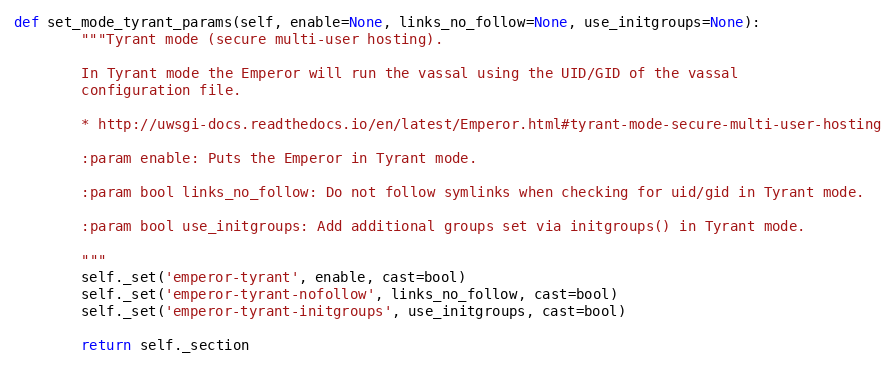
Language: Python
def set_mode_tyrant_params(self, enable=None, links_no_follow=None, use_initgroups=None):
        """Tyrant mode (secure multi-user hosting).

        In Tyrant mode the Emperor will run the vassal using the UID/GID of the vassal
        configuration file.

        * http://uwsgi-docs.readthedocs.io/en/latest/Emperor.html#tyrant-mode-secure-multi-user-hosting

        :param enable: Puts the Emperor in Tyrant mode.

        :param bool links_no_follow: Do not follow symlinks when checking for uid/gid in Tyrant mode.

        :param bool use_initgroups: Add additional groups set via initgroups() in Tyrant mode.

        """
        self._set('emperor-tyrant', enable, cast=bool)
        self._set('emperor-tyrant-nofollow', links_no_follow, cast=bool)
        self._set('emperor-tyrant-initgroups', use_initgroups, cast=bool)

        return self._section